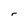
Character: r